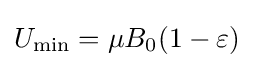
U_{\min }=\mu B_{0}(1-\varepsilon )